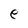
Character: e